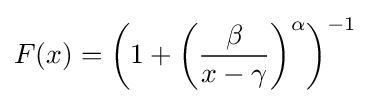
F(x)={\bigg (}1+{\bigg (}{\frac {\beta }{x-\gamma }}{\bigg )}^{\alpha }{\bigg )}^{-1}